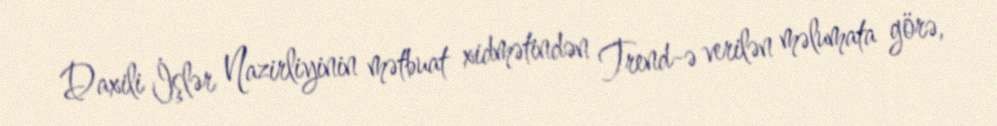
Daxili İşlər Nazirliyinin mətbuat xidmətindən Trend-ə verilən məlumata görə,